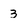
Character: 3